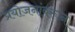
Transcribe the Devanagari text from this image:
प्रयोजनांवरून